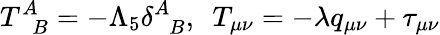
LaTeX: T_{\phantom{A}B}^{A}=-\Lambda_{5}\delta_{\phantom{A}B}^{A},~~T_{\mu\nu}=-\lambda q_{\mu\nu}+\tau_{\mu\nu}